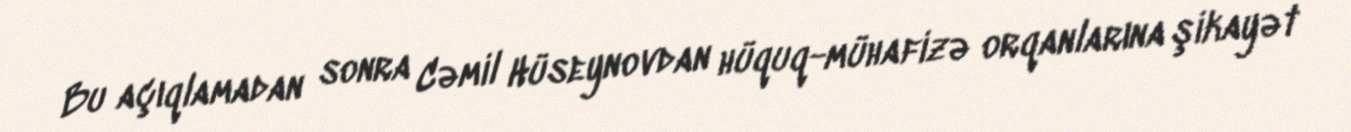
Bu açıqlamadan sonra Cəmil Hüseynovdan hüquq-mühafizə orqanlarına şikayət